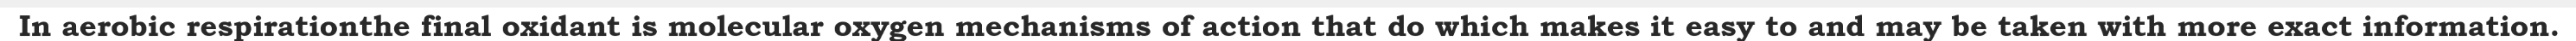
In aerobic respirationthe final oxidant is molecular oxygen mechanisms of action that do which makes it easy to and may be taken with more exact information.